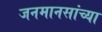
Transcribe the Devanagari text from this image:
जनमानसांच्या